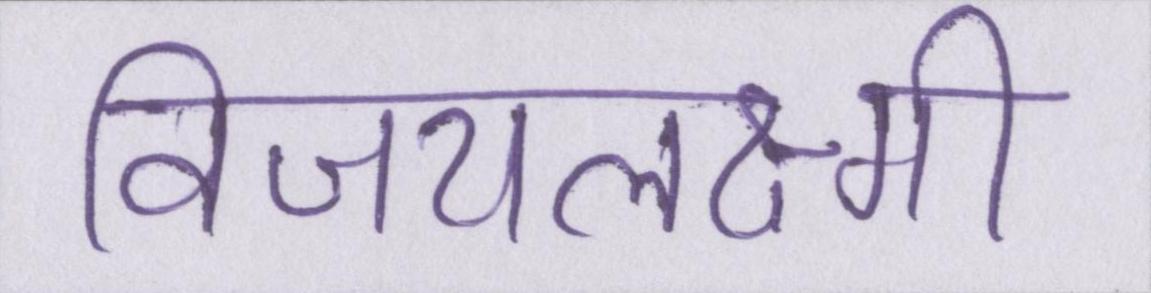
विजयलक्ष्मी